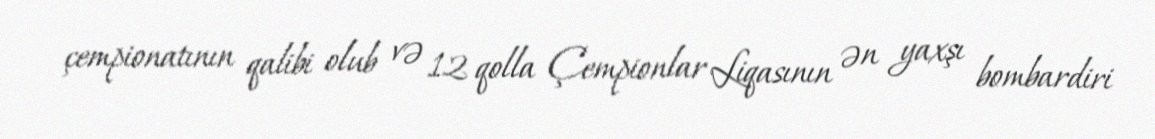
çempionatının qalibi olub və 12 qolla Çempionlar Liqasının ən yaxşı bombardiri